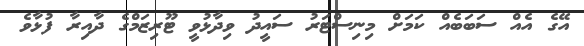
އޭގެ އެއް ސަބަބެއް ކަމަށް މިނިސްޓަރު ސައީދު ވިދާޅުވީ ޓޫރިޒަމްގެ ދާއިރާ ފުޅާވެ